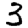
Digit: 3